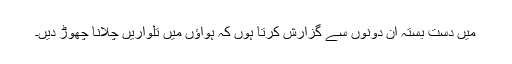
میں دست بستہ ان دونوں سے گزارش کرتا ہوں کہ ہواؤں میں تلواریں چلانا چھوڑ دیں۔